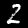
Digit: 2